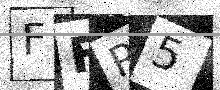
Text: FFR5